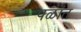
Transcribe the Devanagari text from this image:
पळांत